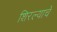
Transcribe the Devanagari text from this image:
शिरल्याचे